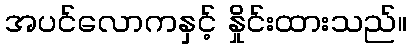
အပင်လောကနှင့် နှိုင်းထားသည်။